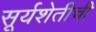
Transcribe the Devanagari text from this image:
सूर्यशेतीची